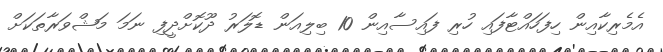
އެމެރިކާއިން ހިފަހައްޓާފައި ހުރި ފައިސާއިން 10 ބިލިއަން ޑޮލަރު ދޫކޮށްދީފި ނަމަ މަޝްވަރާތަކަށް